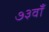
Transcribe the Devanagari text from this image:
७३वाँ